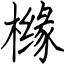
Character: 橼